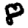
Digit: 8